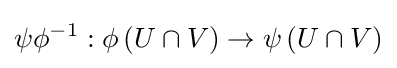
\psi \phi ^{-1}:\phi \left(U\cap V\right)\rightarrow \psi \left(U\cap V\right)